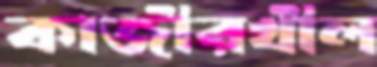
কাজীরখীল